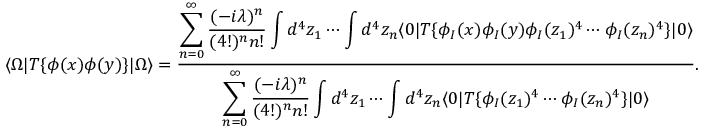
\langle \Omega | T \{ \phi ( x ) \phi ( y ) \} | \Omega \rangle = { \frac { \displaystyle \sum _ { n = 0 } ^ { \infty } { \frac { ( - i \lambda ) ^ { n } } { ( 4 ! ) ^ { n } n ! } } \int d ^ { 4 } z _ { 1 } \cdots \int d ^ { 4 } z _ { n } \langle 0 | T \{ \phi _ { I } ( x ) \phi _ { I } ( y ) \phi _ { I } ( z _ { 1 } ) ^ { 4 } \cdots \phi _ { I } ( z _ { n } ) ^ { 4 } \} | 0 \rangle } { \displaystyle \sum _ { n = 0 } ^ { \infty } { \frac { ( - i \lambda ) ^ { n } } { ( 4 ! ) ^ { n } n ! } } \int d ^ { 4 } z _ { 1 } \cdots \int d ^ { 4 } z _ { n } \langle 0 | T \{ \phi _ { I } ( z _ { 1 } ) ^ { 4 } \cdots \phi _ { I } ( z _ { n } ) ^ { 4 } \} | 0 \rangle } } .